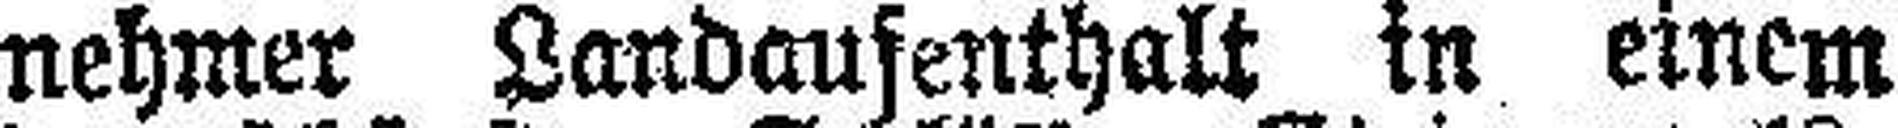
nehmer Landaufenthalt in einem